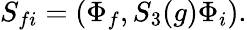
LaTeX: S_{fi}=(\Phi_{f},S_{3}(g)\Phi_{i}).